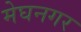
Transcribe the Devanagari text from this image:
मेघनगर